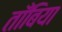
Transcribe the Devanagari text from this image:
ताँबिया